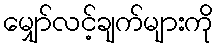
မျှော်လင့်ချက်များကို